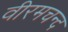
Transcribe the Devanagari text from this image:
वीरमचन्द